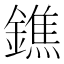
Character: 鐎